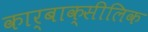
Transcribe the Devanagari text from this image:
कार्बाक्सीलिक